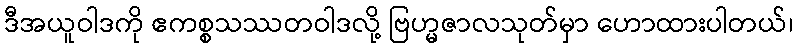
ဒီအယူဝါဒကို ဧကစ္စသဿတဝါဒလို့ ဗြဟ္မဇာလသုတ်မှာ ဟောထားပါတယ်၊